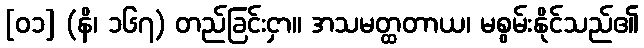
[၀၁] (နိ၊ ၁၆၇) တည်ခြင်းငှာ။ အသမတ္ထတာယ၊ မစွမ်းနိုင်သည်၏